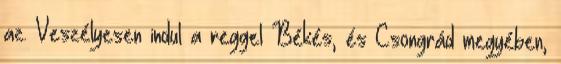
az. Veszélyesen indul a reggel Békés, és Csongrád megyében,